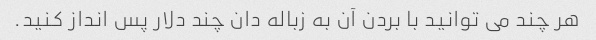
هر چند می توانید با بردن آن به زباله دان چند دلار پس انداز کنید.